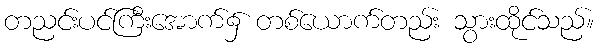
တညင်းပင်ကြီးအောက်၌ တစ်ယောက်တည်း သွားထိုင်သည်။